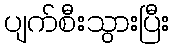
ပျက်စီးသွားပြီး